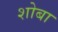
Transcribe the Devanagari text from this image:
शोबा